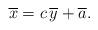
LaTeX: \begin{align*} \overline{x}=c\,\overline{y}+\overline{a}. \end{align*}